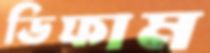
ডিফাম